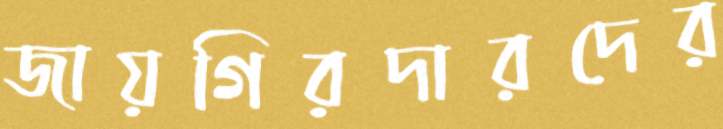
জায়গিরদারদের